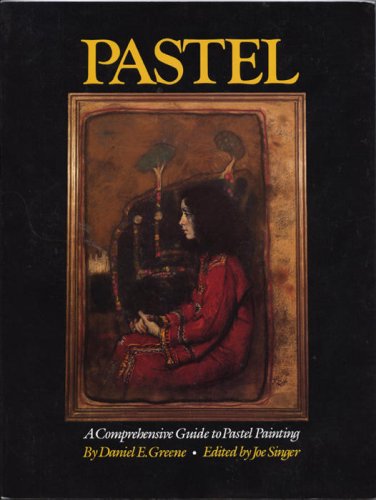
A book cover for Pastel - A Comprehensive Guide to Pastel Painting (PBK); Daniel E. Greene; Arts & Photography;